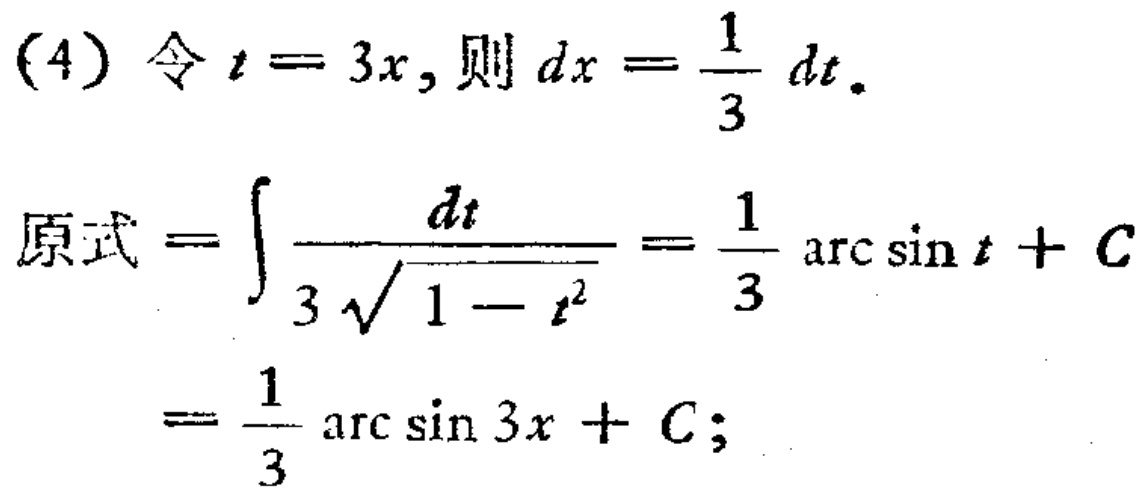
(4) 令 \(t = 3x\), 则 \(dx=\frac{1}{3}dt\).
原式 \(=\int\frac{dt}{3\sqrt{1 - t^{2}}}=\frac{1}{3}\arcsin t + C=\frac{1}{3}\arcsin 3x + C;\)